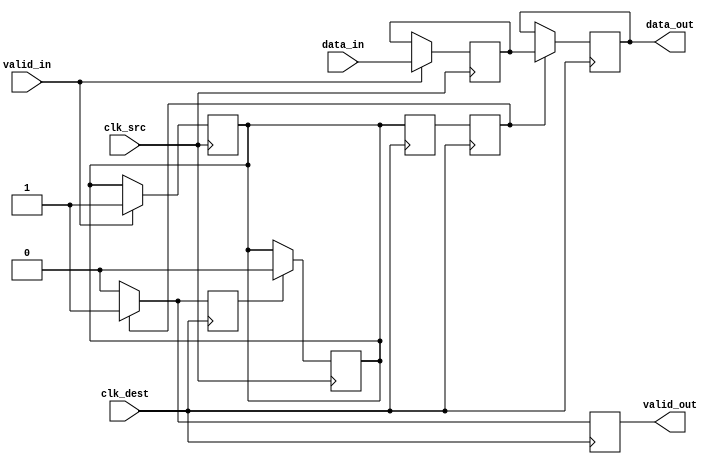
module handshake_synchronizer (
    input wire [7:0] data_in,      // Input data from source clock domain
    input wire valid_in,            // Valid signal for input data
    input wire clk_src,             // Clock signal for source domain
    input wire clk_dest,            // Clock signal for destination domain
    output reg [7:0] data_out,      // Synchronized data output in destination domain
    output reg valid_out            // Valid signal for output data
);

    // Internal signals
    reg [7:0] sync_data;            // Data register for synchronization
    reg sync_valid;                 // Valid register for synchronization
    reg ack;                        // Acknowledgment signal from destination domain

    // Source clock domain logic
    always @(posedge clk_src) begin
        if (valid_in) begin
            sync_data <= data_in;   // Latch data_in into sync_data
            sync_valid <= 1'b1;     // Assert sync_valid
        end
    end

    // Destination clock domain logic
    reg sync_valid_d1, sync_valid_d2; // Double-flop synchronizer for sync_valid

    always @(posedge clk_dest) begin
        // Synchronize the sync_valid signal
        sync_valid_d1 <= sync_valid;
        sync_valid_d2 <= sync_valid_d1;

        // Check if sync_valid is asserted
        if (sync_valid_d2) begin
            data_out <= sync_data;   // Transfer sync_data to data_out
            valid_out <= 1'b1;       // Assert valid_out
            ack <= 1'b1;             // Assert ack to indicate data received
        end else begin
            valid_out <= 1'b0;       // Deassert valid_out if sync_valid is not asserted
            ack <= 1'b0;             // Deassert ack
        end
    end

    // Acknowledgment handling in source clock domain
    always @(posedge clk_src) begin
        if (ack) begin
            sync_valid <= 1'b0;      // Deassert sync_valid upon acknowledgment
        end
    end

endmodule